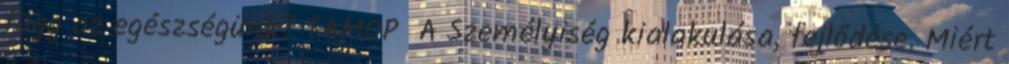
függ az egészségünk? TÁMOP A Személyiség kialakulása, fejlődése. Miért